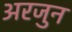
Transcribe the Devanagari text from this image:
अरजुन